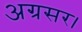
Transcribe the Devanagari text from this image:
अग्रसर।